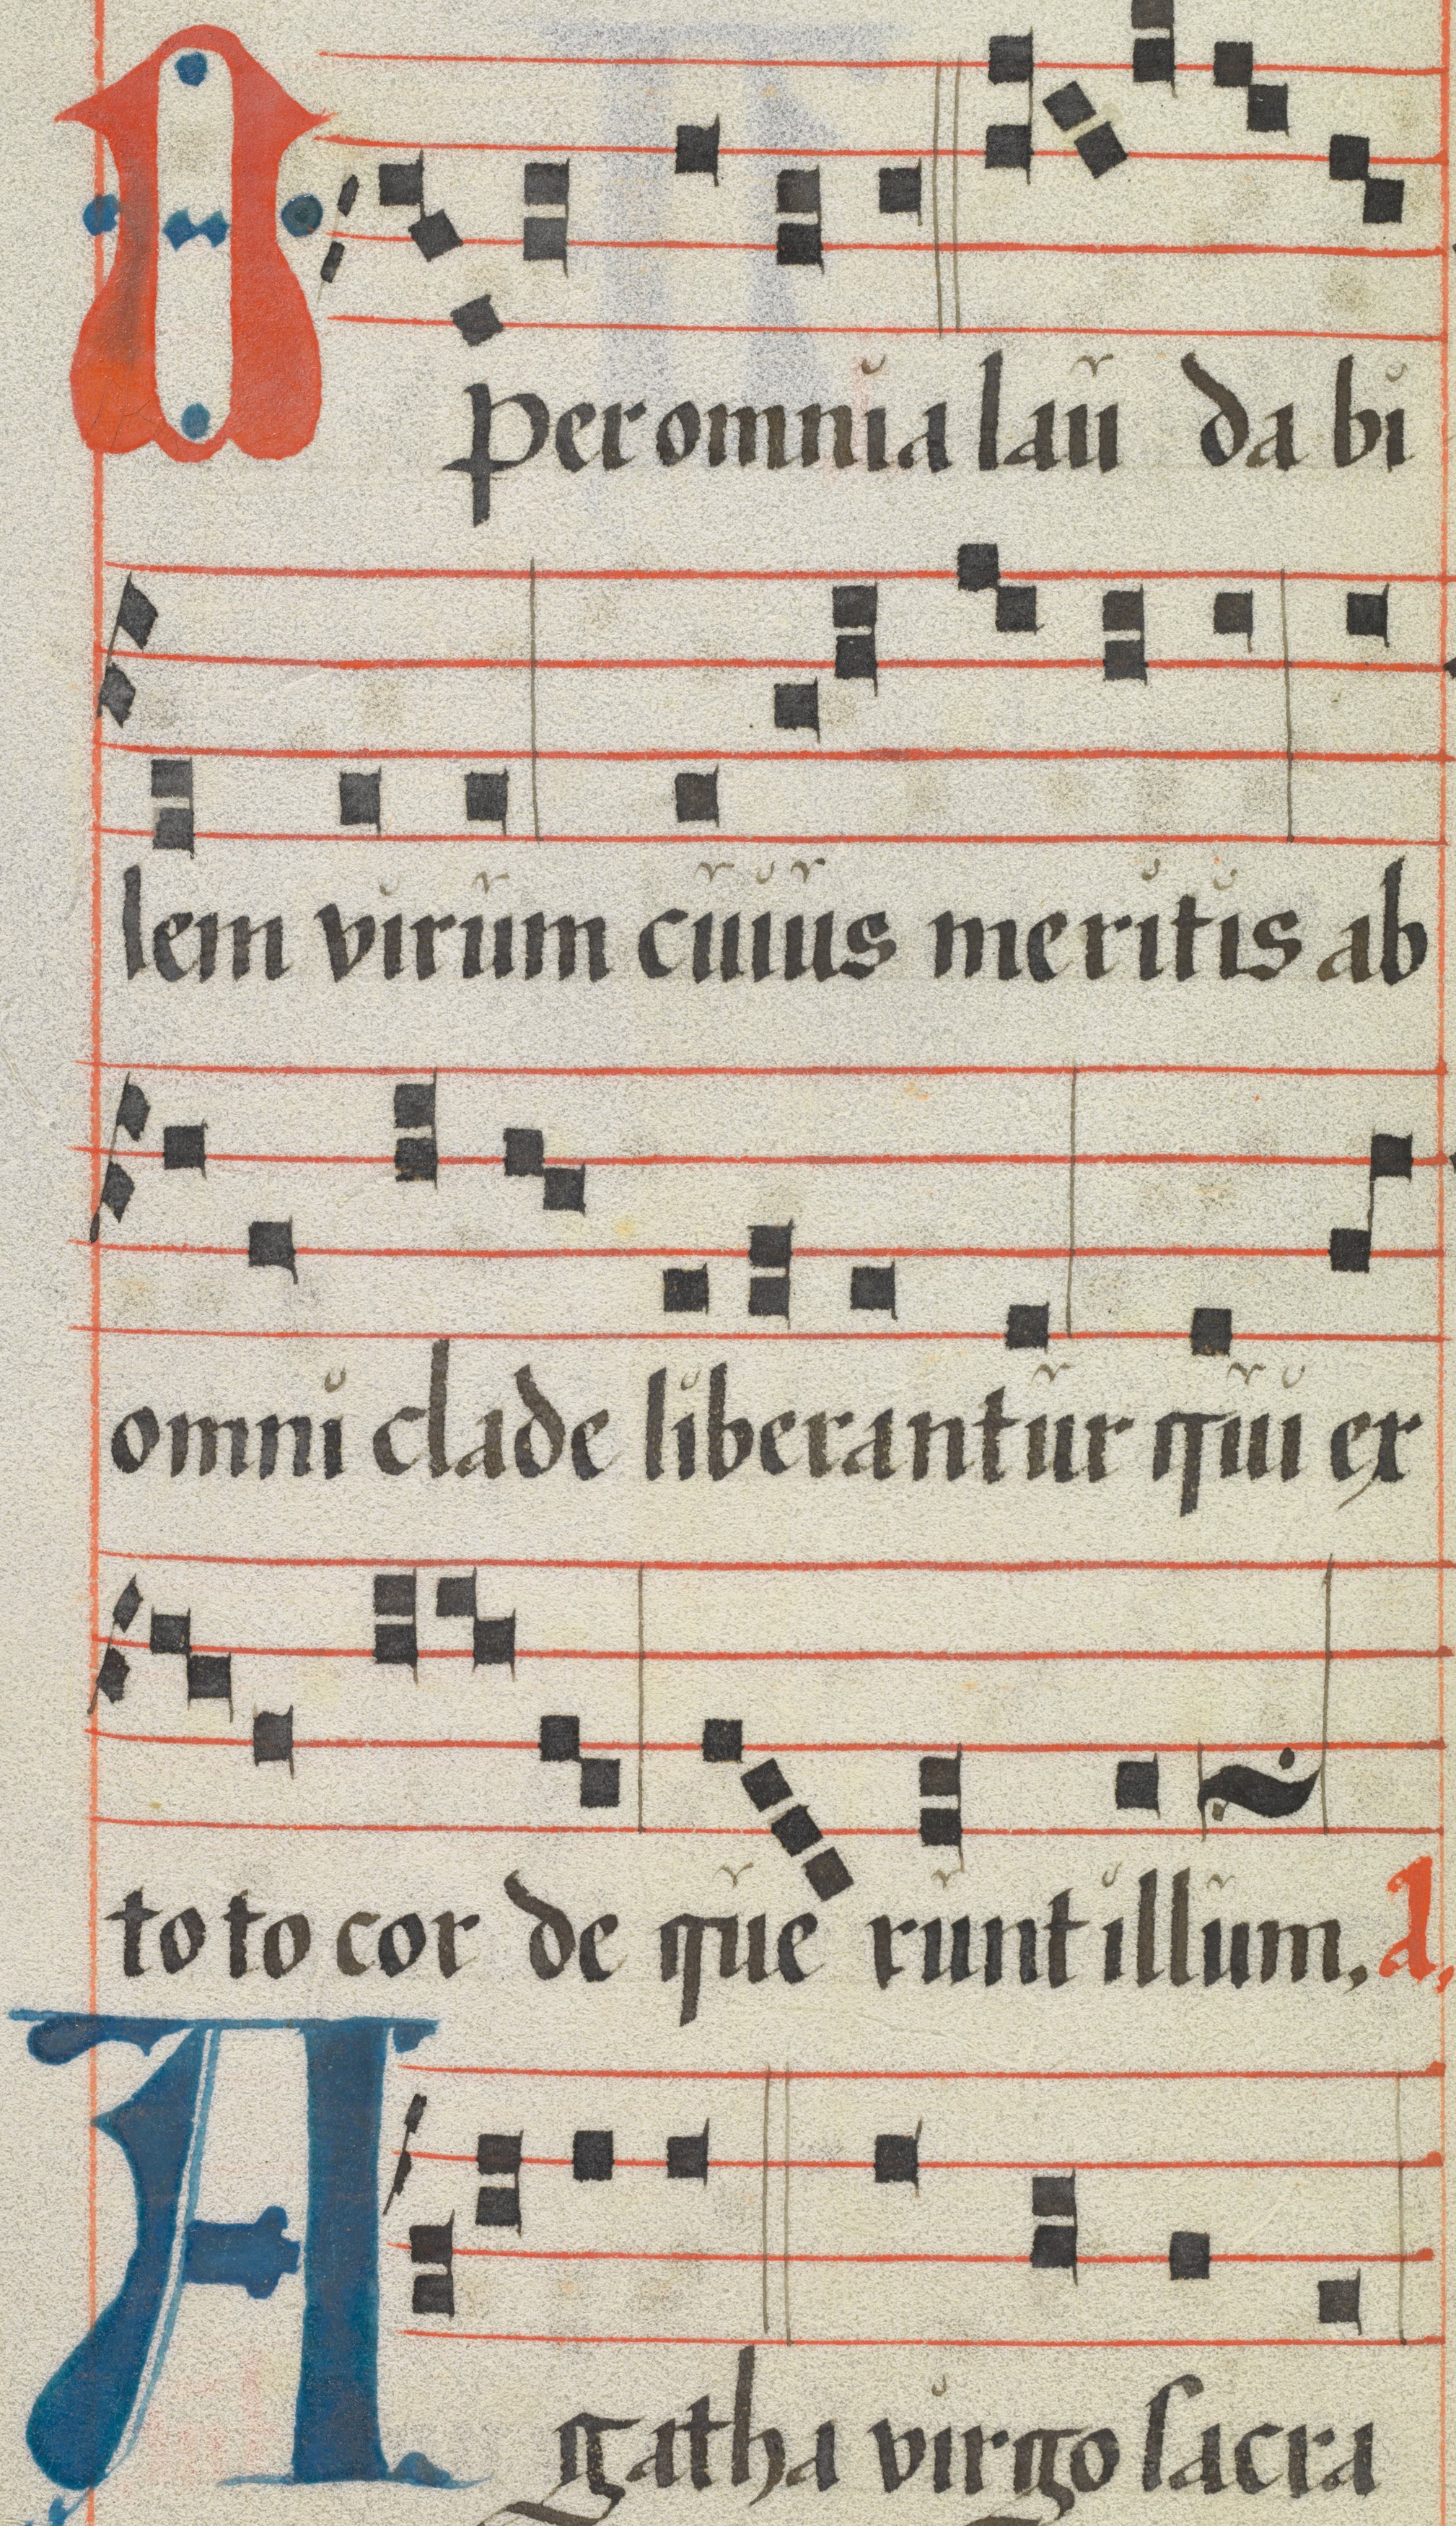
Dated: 1425–1449